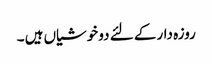
روزہ دار کے لئے دو خوشیاں ہیں ۔